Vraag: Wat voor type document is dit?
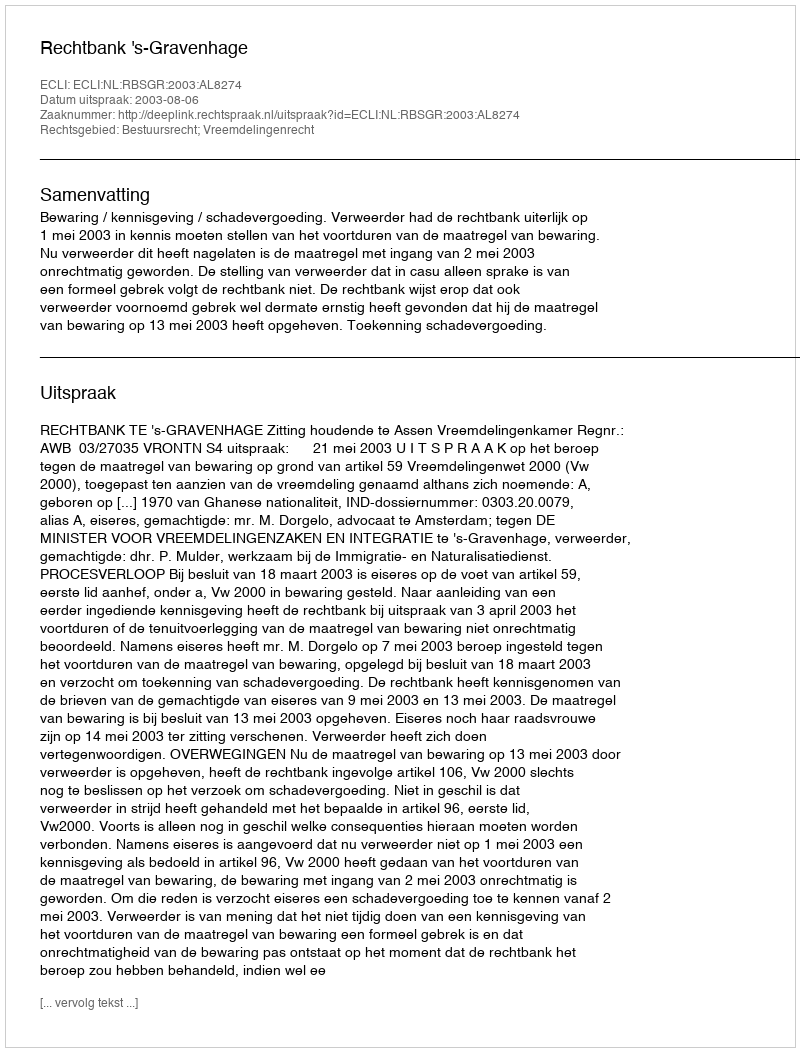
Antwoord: Uitspraak